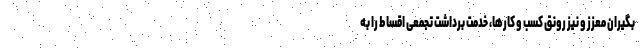
بگیران معزز و نیز رونق کسب و کارها، خدمت برداشت تجمعی اقساط را به